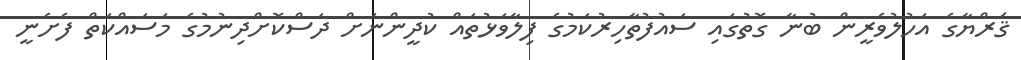
ޤަރްޔާގެ އަހުލުވެރީން ބުނާ ގޮތުގައި ސައުފުތާހިރުކަމުގެ ފިލާވަޅުތައް ކުދީންނަށް ދަސްކޮށްދިނުމުގެ މަސައްކަތް ފެށެނީ